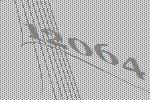
12064